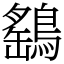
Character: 鷂